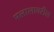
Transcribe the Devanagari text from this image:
मलालावरील